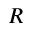
R